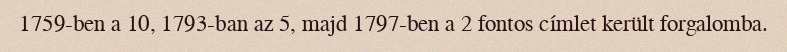
1759-ben a 10, 1793-ban az 5, majd 1797-ben a 2 fontos címlet került forgalomba.